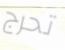
تحرج